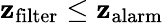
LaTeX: \mathbf{z}_{\mathrm{{filter}}}\le\mathbf{z}_{\mathrm{{alarm}}}